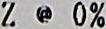
Z @ 0%